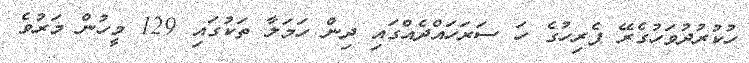
ހުކުރުދުވަހުގެރޭ ޕެރިހުގެ ހަ ސަރަހައްދެއްގައި ދިން ހަމަލާ ތަކުގައި 129 މީހުން މަރުވެ